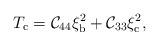
LaTeX: \begin{align*}T_{\rm c} = {\cal C}_{44}\xi_{\rm b}^2+{\cal C}_{33}\xi_{\rm c}^2 ,\end{align*}